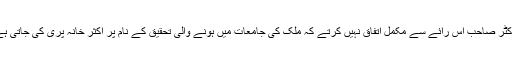
ڈاکٹر صاحب اس رائے سے مکمل اتفاق نہیں کرتے کہ ملک کی جامعات میں ہونے والی تحقیق کے نام پر اکثر خانہ پری کی جاتی ہے۔